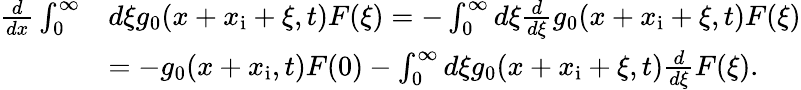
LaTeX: \begin{array}{rl}{\frac{d}{dx}\int_{0}^{\infty}}&{d\xi g_{0}(x+x_{\mathrm{i}}+\xi,t)F(\xi)=-\int_{0}^{\infty}d\xi\frac{d}{d\xi}g_{0}(x+x_{\mathrm{i}}+\xi,t)F(\xi)}\\ &{=-g_{0}(x+x_{\mathrm{i}},t)F(0)-\int_{0}^{\infty}d\xi g_{0}(x+x_{\mathrm{i}}+\xi,t)\frac{d}{d\xi}F(\xi).}\end{array}